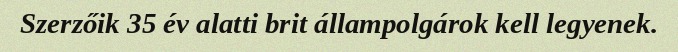
Szerzőik 35 év alatti brit állampolgárok kell legyenek.